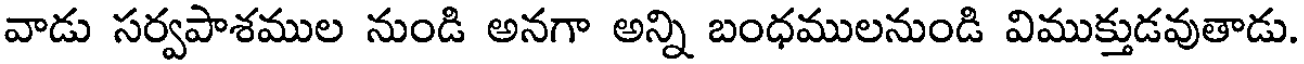
వాడు సర్వపాశముల నుండి అనగా అన్ని బంధములనుండి విముక్తుడవుతాడు.